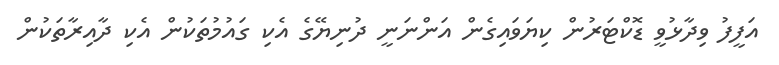
އަފީފު ވިދާޅުވީ ޑޮކްޓަރުން ކިޔަވައިގެން އަންނަނީ ދުނިޔޭގެ އެކި ގައުމުތަކުން އެކި ދާއިރާތަކުން